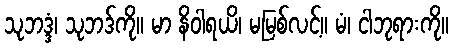
သုဘဒ္ဒံ၊ သုဘဒ်ကို။ မာ နိဝါရယိ၊ မမြစ်လင့်။ မံ၊ ငါဘုရားကို။